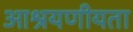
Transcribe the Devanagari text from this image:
आश्रयणीयता